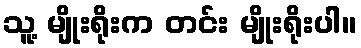
သူ့ မျိုးရိုးက တင်း မျိုးရိုးပါ။